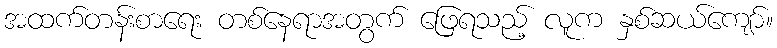
အထက်တန်းစာရေး တစ်နေရာအတွက် ဖြေရသည့် လူက နှစ်ဆယ်ကျော်။